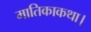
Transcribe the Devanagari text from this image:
मातिकाकथा।